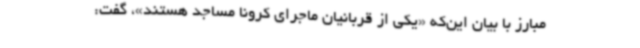
مبارز با بیان این‌که «یکی از قربانیان ماجرای کرونا مساجد هستند»، گفت: